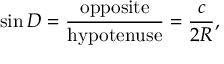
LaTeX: \sin D = { \frac { \mathrm { o p p o s i t e } } { \mathrm { h y p o t e n u s e } } } = { \frac { c } { 2 R } } ,